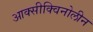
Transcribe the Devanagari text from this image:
आक्सीक्विनोलीन